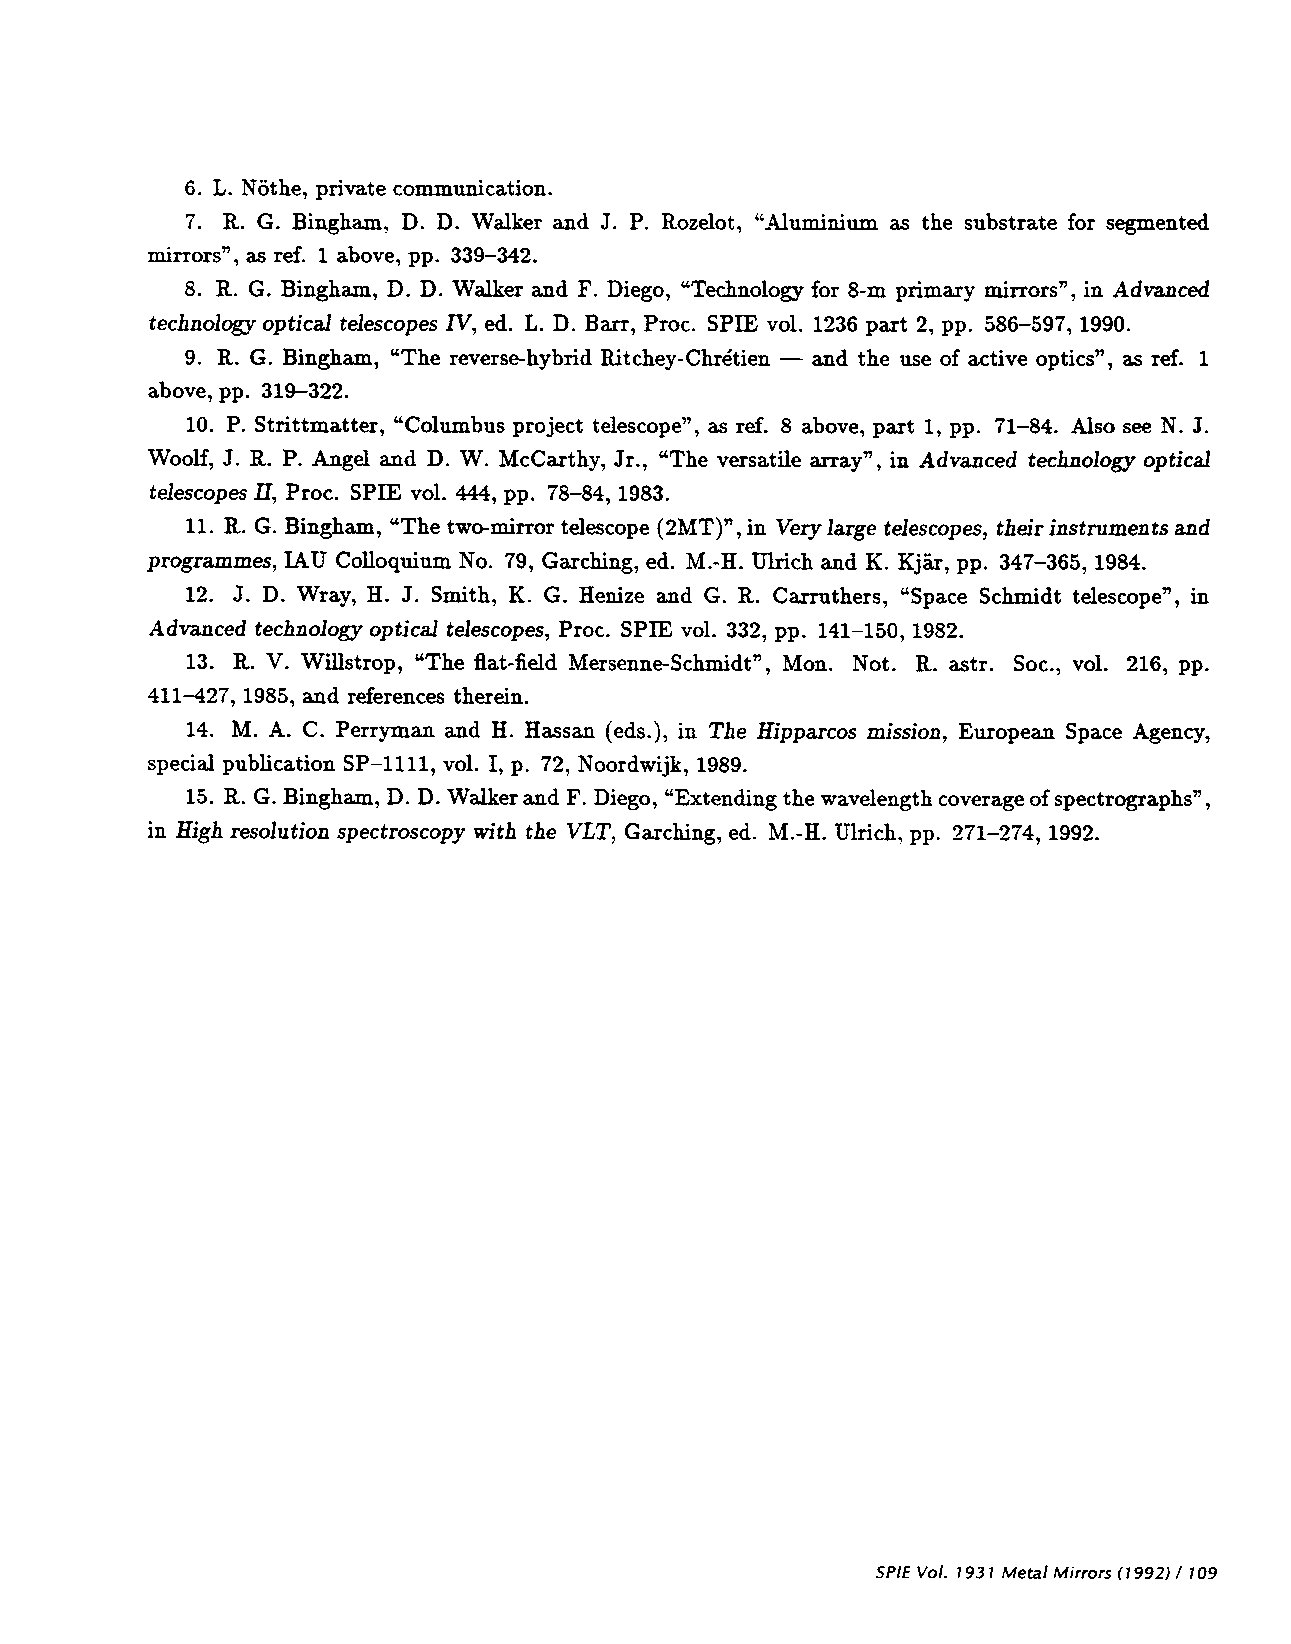
ud
 'aio'u a
 9 ri i        uor;tuummoD
 'u          ItM                           ai
 j           ci 'ci        1 d 'oIazoj muumujy,, se areisqns 10J pauamas
 s
 '—6C
 's1O11!tU  I 'aAoqe dd                             '
 rdo
 a c[ 1arJeM ' p ire 'L'o Ia rQ io1ouipaI,, i 9o; Im -8 remud 's1OLIflU U'
 Ao1ornpa    SadO)S3Ia 'M pa Q    D01d aIdS bA  zed  dd 'L62—98 0661
 •6 ii  'urettu rnu,,, p1q&1-as1aAa1 -Aaiprj U — pwe aij asu ' j o aA!p 'sdo s ;ai r
 dd'aAoqe 'Z 1C u— .6 iI s 'ip        s                       os
 oi d     i'v  snqmtqo,, çoid 'adosap ;ai 'attoq red dd        eas
 'M°°M r ii d      ci M    'i''iç  aij,,, asia& 'Aeize u paatrpy t.ootitpa 3rdo
 °1d IdS
 sadosa aIa 'II
 'tuiua
 aJ i0 IA dd ''8—8L C861
 ' (iz)
 ar
 j
 i                 ioiiriu-o&; adosaa  pti.ziaA 's 'a xdo jz saa naq suauirusur pwe
 'sanrarroid çjy mnubojo °z '6L     H-y j    pue      dd '29C—L i'6I
 t 'ci "At H f 'm"s 1 D ZUH  pu               a 'd S" W !UflPS 'do3saja U!
 panpy         rdo                                 86I
 •I
 £io(o 'dtrq o3a
 q s
 'Sa PdO PSai 1a D u01dP 3I!cISS 10WA d°d I 'O 2I—UI
 A                                     °N         '0S
 11                                                      •!0A '91Z dd
 'L'—IT 'c861 pire sa:rnaiapi P.u!a IalT$
 p                               aq
 H  UeSSH '(spa) U SOaIcIdH 'uosstu ireadonta adS 'c3Uay
 pads uoe3flqud 'IIII—dS jOA 'i d 'L ' '3jCtp 1OON 6861
 si -a         a a 1ajJM pire 'oat uTpuox ai;      ae1AOD 'stdezoipads;o
 TIIH trornosar tdoaso.zpads qtt aq 'unpi •pa HT 'ipujç dd 'L—ILZ 66I
 JJV
 RIdS •!O/ 116L SJOJJ!J (Z661) 1 601